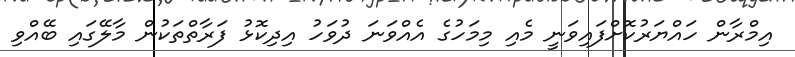
އިމްރާން ހައްޔަރުކޮށްފައިވަނީ މެއި މިމަހުގެ އެއްވަނަ ދުވަހު އިދިކޮޅު ފަރާތްތަކުން މާލޭގައި ބޭއްވި